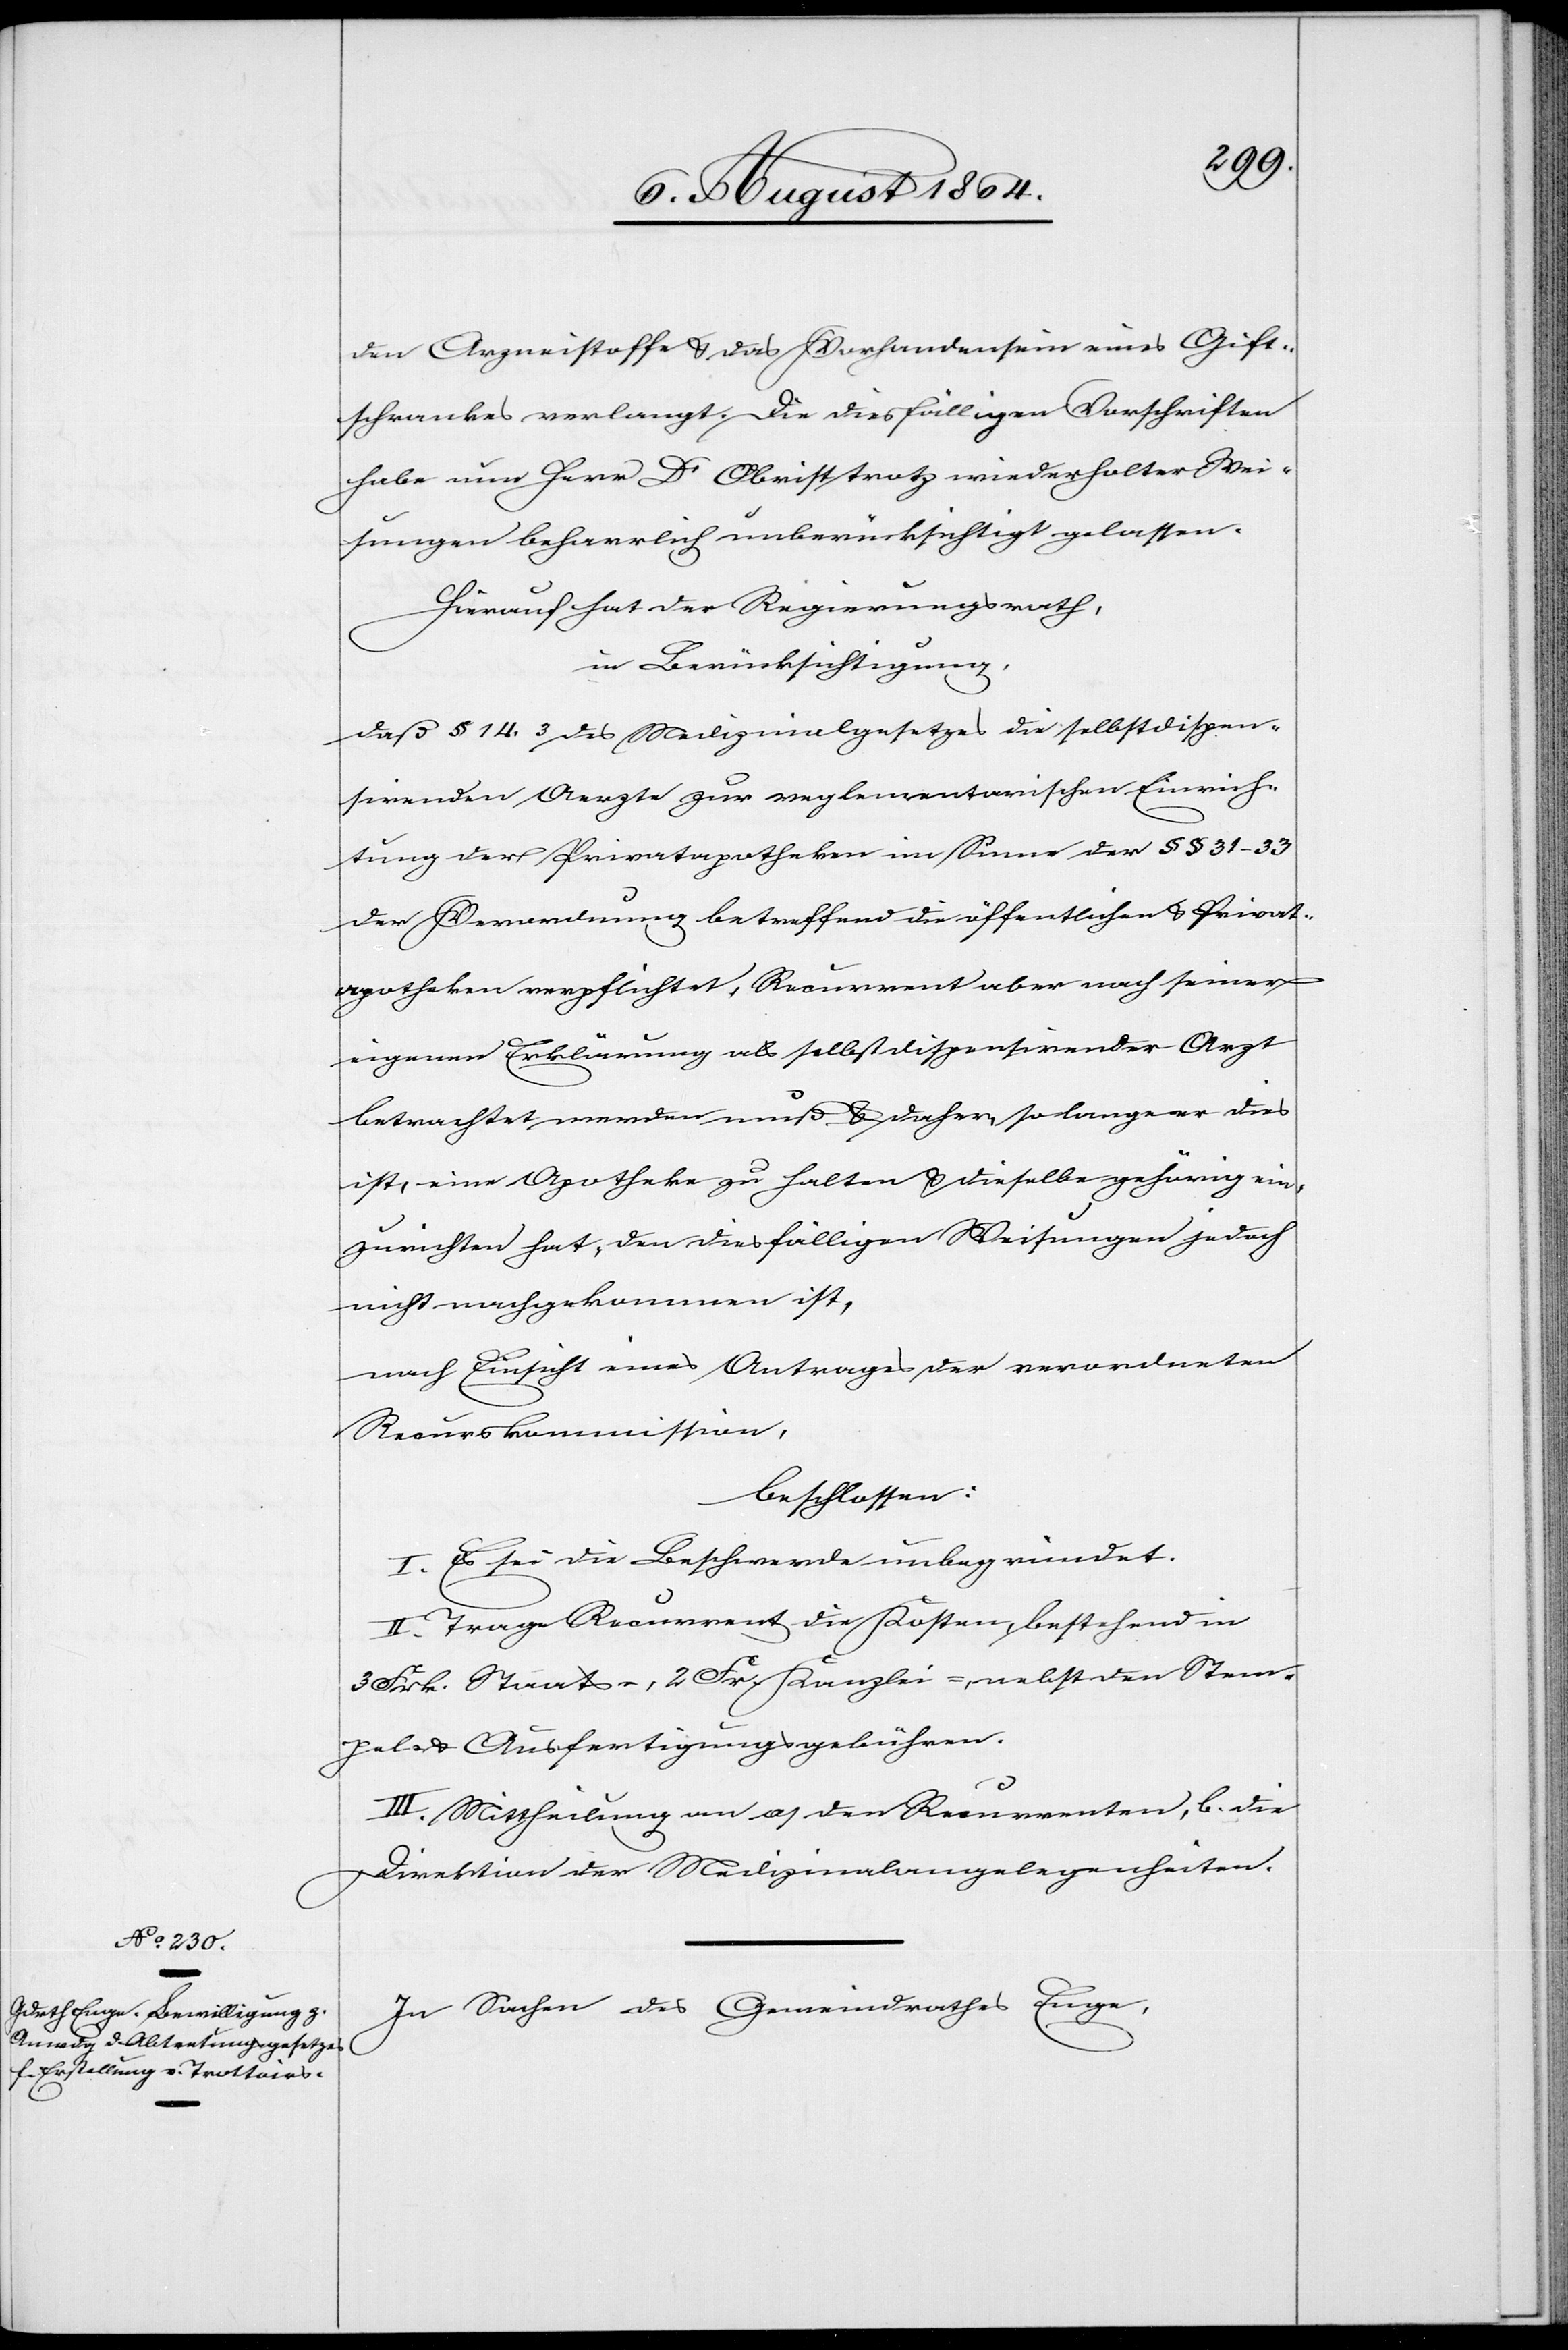
den Arzneistoffe & das Vorhandensein eines Gift¬
schrankes verlangt. Die diesfälligen Vorschriften
habe nun Herr Dr Obrist trotz wiederholter Wei¬
sungen beharrlich unberücksichtigt gelassen.
Hierauf hat der Regierungsrath,
in Berücksichtigung,
daß § 14.3 des Medizinalgesetzes die selbstdispen¬
sirenden Aerzte zur reglementarischen Einrich¬
tung der Privatapotheken im Sinne der §§ 31–33
der Verordnung betreffend die öffentlichen & Privat¬
apotheken verpflichtet, Recurrent aber nach seiner
eigenen Erklärung als selbstdispensirender Arzt
betrachtet werden muß & daher, solange er dies
ist, eine Apotheke zu halten & dieselbe gehörig ein¬
zurichten hat, den diesfälligen Weisungen jedoch
nicht nachgekommen ist,
nach Einsicht eines Antrages der verordneten
Recurskommission,
beschlossen:
I. Es sei die Beschwerde unbegründet.
II. Trage Recurrent die Kosten, bestehend in
3 Frk. Staats-, 2 Fr. Kanzlei-, nebst den Stem¬
pel- & Ausfertigungsgebühren.
III. Mittheilung an a) den Recurrenten, b) die
Direktion der Medizinalangelegenheiten.
In Sachen des Gemeindrathes Enge,